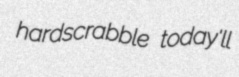
hardscrabble today'll